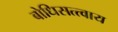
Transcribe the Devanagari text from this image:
बोधिसत्त्वाय